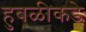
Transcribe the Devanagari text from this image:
हुबळीकडे